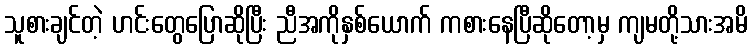
သူစားချင်တဲ့ ဟင်းတွေပြောဆိုပြီး ညီအကိုနှစ်ယောက် ကစားနေပြီဆိုတော့မှ ကျမတို့သားအမိ